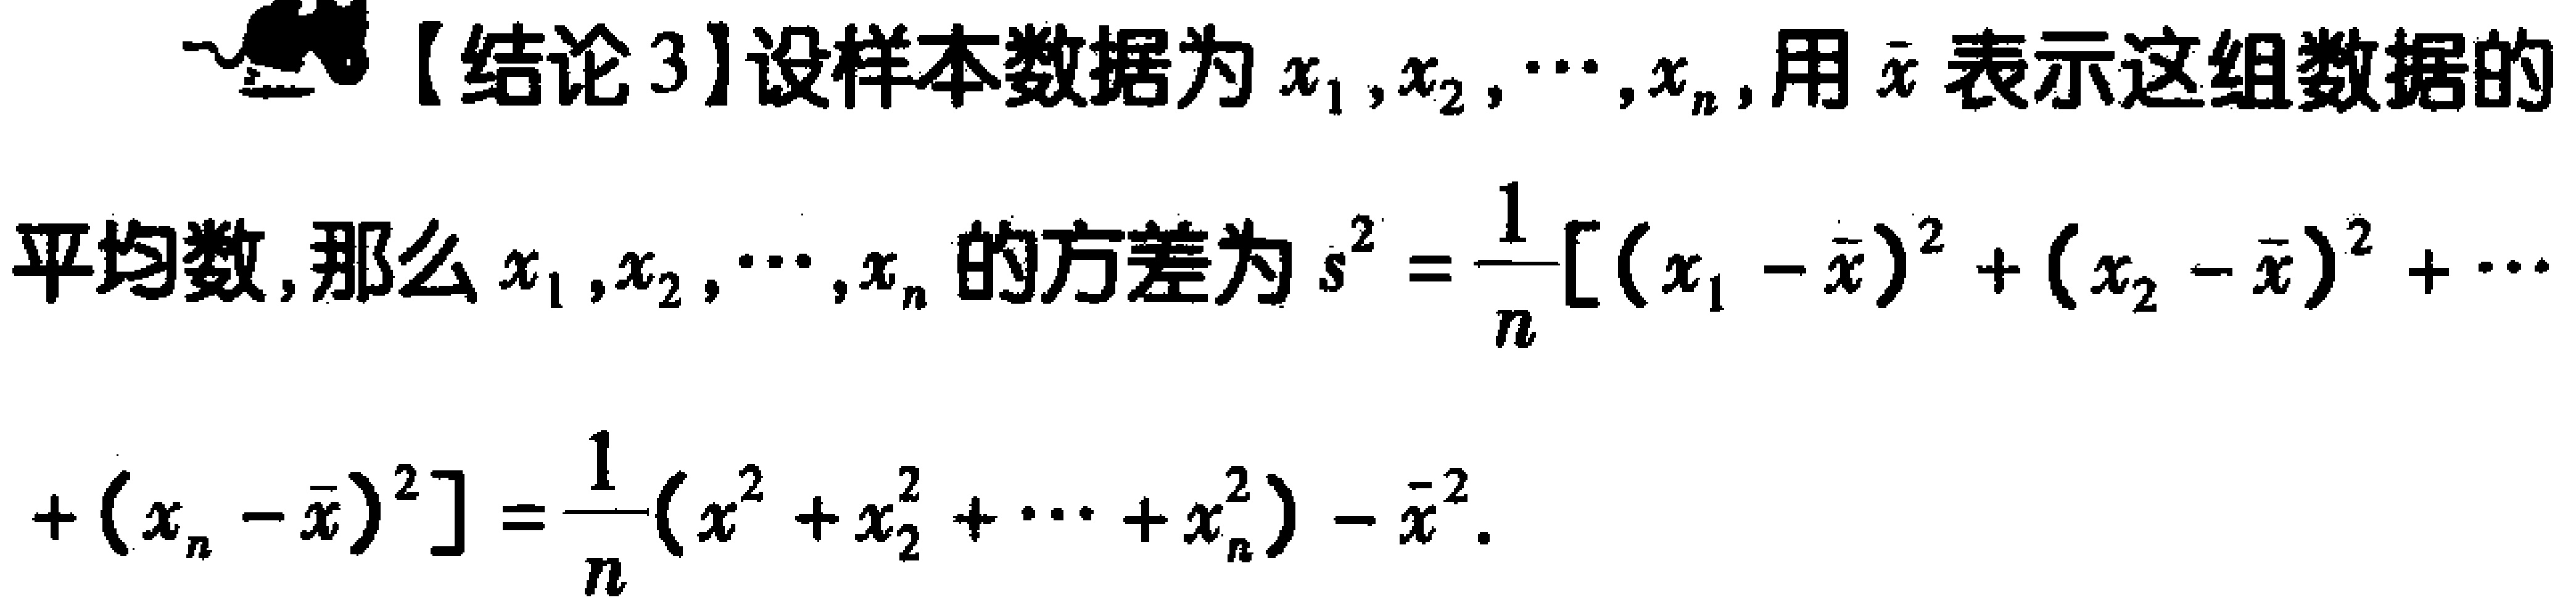
【结论3】设样本数据为\(x_{1},x_{2},\cdots,x_{n}\)，用\(\bar{x}\)表示这组数据的

平均数，那么\(x_{1},x_{2},\cdots,x_{n}\)的方差为\(s^{2}=\frac{1}{n}[(x_{1}-\bar{x})^{2}+(x_{2}-\bar{x})^{2}+\cdots\)

\(+(x_{n}-\bar{x})^{2}]=\frac{1}{n}(x_{1}^{2}+x_{2}^{2}+\cdots +x_{n}^{2})-\bar{x}^{2}\)。